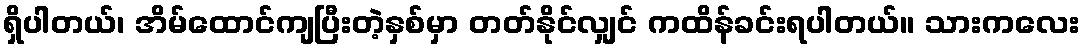
ရှိပါတယ်၊ အိမ်ထောင်ကျပြီးတဲ့နှစ်မှာ တတ်နိုင်လျှင် ကထိန်ခင်းရပါတယ်။ သားကလေး